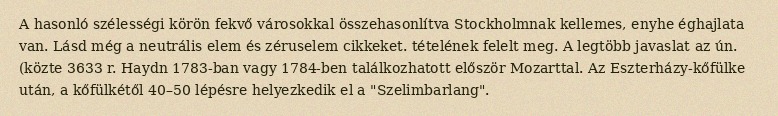
A hasonló szélességi körön fekvő városokkal összehasonlítva Stockholmnak kellemes, enyhe éghajlata van. Lásd még a neutrális elem és zéruselem cikkeket. tételének felelt meg. A legtöbb javaslat az ún. (közte 3633 r. Haydn 1783-ban vagy 1784-ben találkozhatott először Mozarttal. Az Eszterházy-kőfülke után, a kőfülkétől 40–50 lépésre helyezkedik el a "Szelimbarlang".